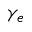
\gamma _ { e }